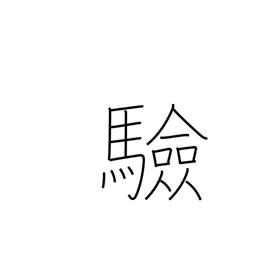
Meaning: testing